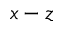
x - z